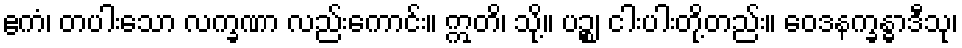
ဧကံ၊ တပါးသော လက္ခဏာ လည်းကောင်း။ ဣတိ၊ သို့။ ပဉ္စ၊ ငါးပါးတို့တည်း။ ဝေဒနက္ခန္ဓာဒီသု၊